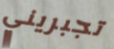
تجبريني